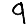
Digit: 9